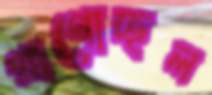
প্রাণোচ্ছল